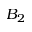
B _ { 2 }